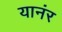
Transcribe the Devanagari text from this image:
यानंर